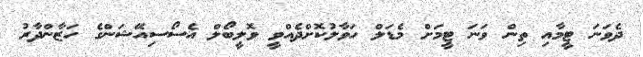
ދެވަނަ ޓީމާއި ތިން ވަނަ ޓީމަށް މެޑަލް ހަވާލުކޮށްދެއްވީ ވޮލީބޯލް އެސޯސިއޭޝަންގެ ހަޒާންދާރު